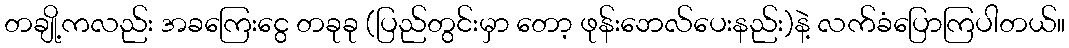
တချို့ကလည်း အခကြေးငွေ တခုခု (ပြည်တွင်းမှာ တော့ ဖုန်းဘေလ်ပေးနည်း)နဲ့ လက်ခံပြောကြပါတယ်။